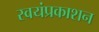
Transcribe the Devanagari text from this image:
स्वयंप्रकाशन